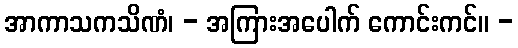
အာကာသကသိဏံ၊ - အကြားအပေါက် ကောင်းကင်။ -